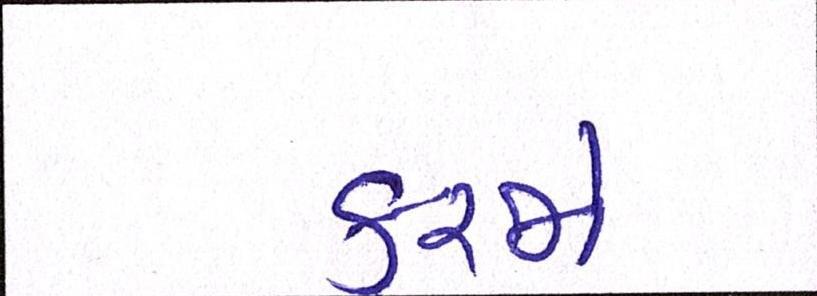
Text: કરજો